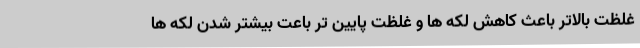
غلظت بالاتر باعث کاهش لکه ها و غلظت پایین تر باعت بیشتر شدن لکه ها